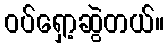
ဝပ်ရှော့ဆွဲတယ်။